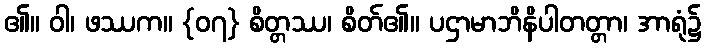
၏။ ဝါ၊ ဖဿက။ {၀၇} စိတ္တဿ၊ စိတ်၏။ ပဌာမာဘိနိပါတတ္တာ၊ အာရုံ၌